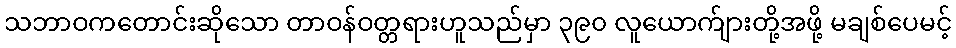
သဘာဝကတောင်းဆိုသော တာဝန်ဝတ္တရားဟူသည်မှာ ၃၉၀ လူယောက်ျားတို့အဖို့ မချစ်ပေမင့်